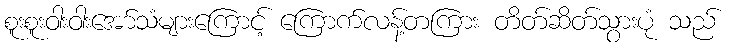
စူးစူးဝါးဝါးအော်သံများကြောင့် ကြောက်လန့်တကြား တိတ်ဆိတ်သွားပုံ သည်